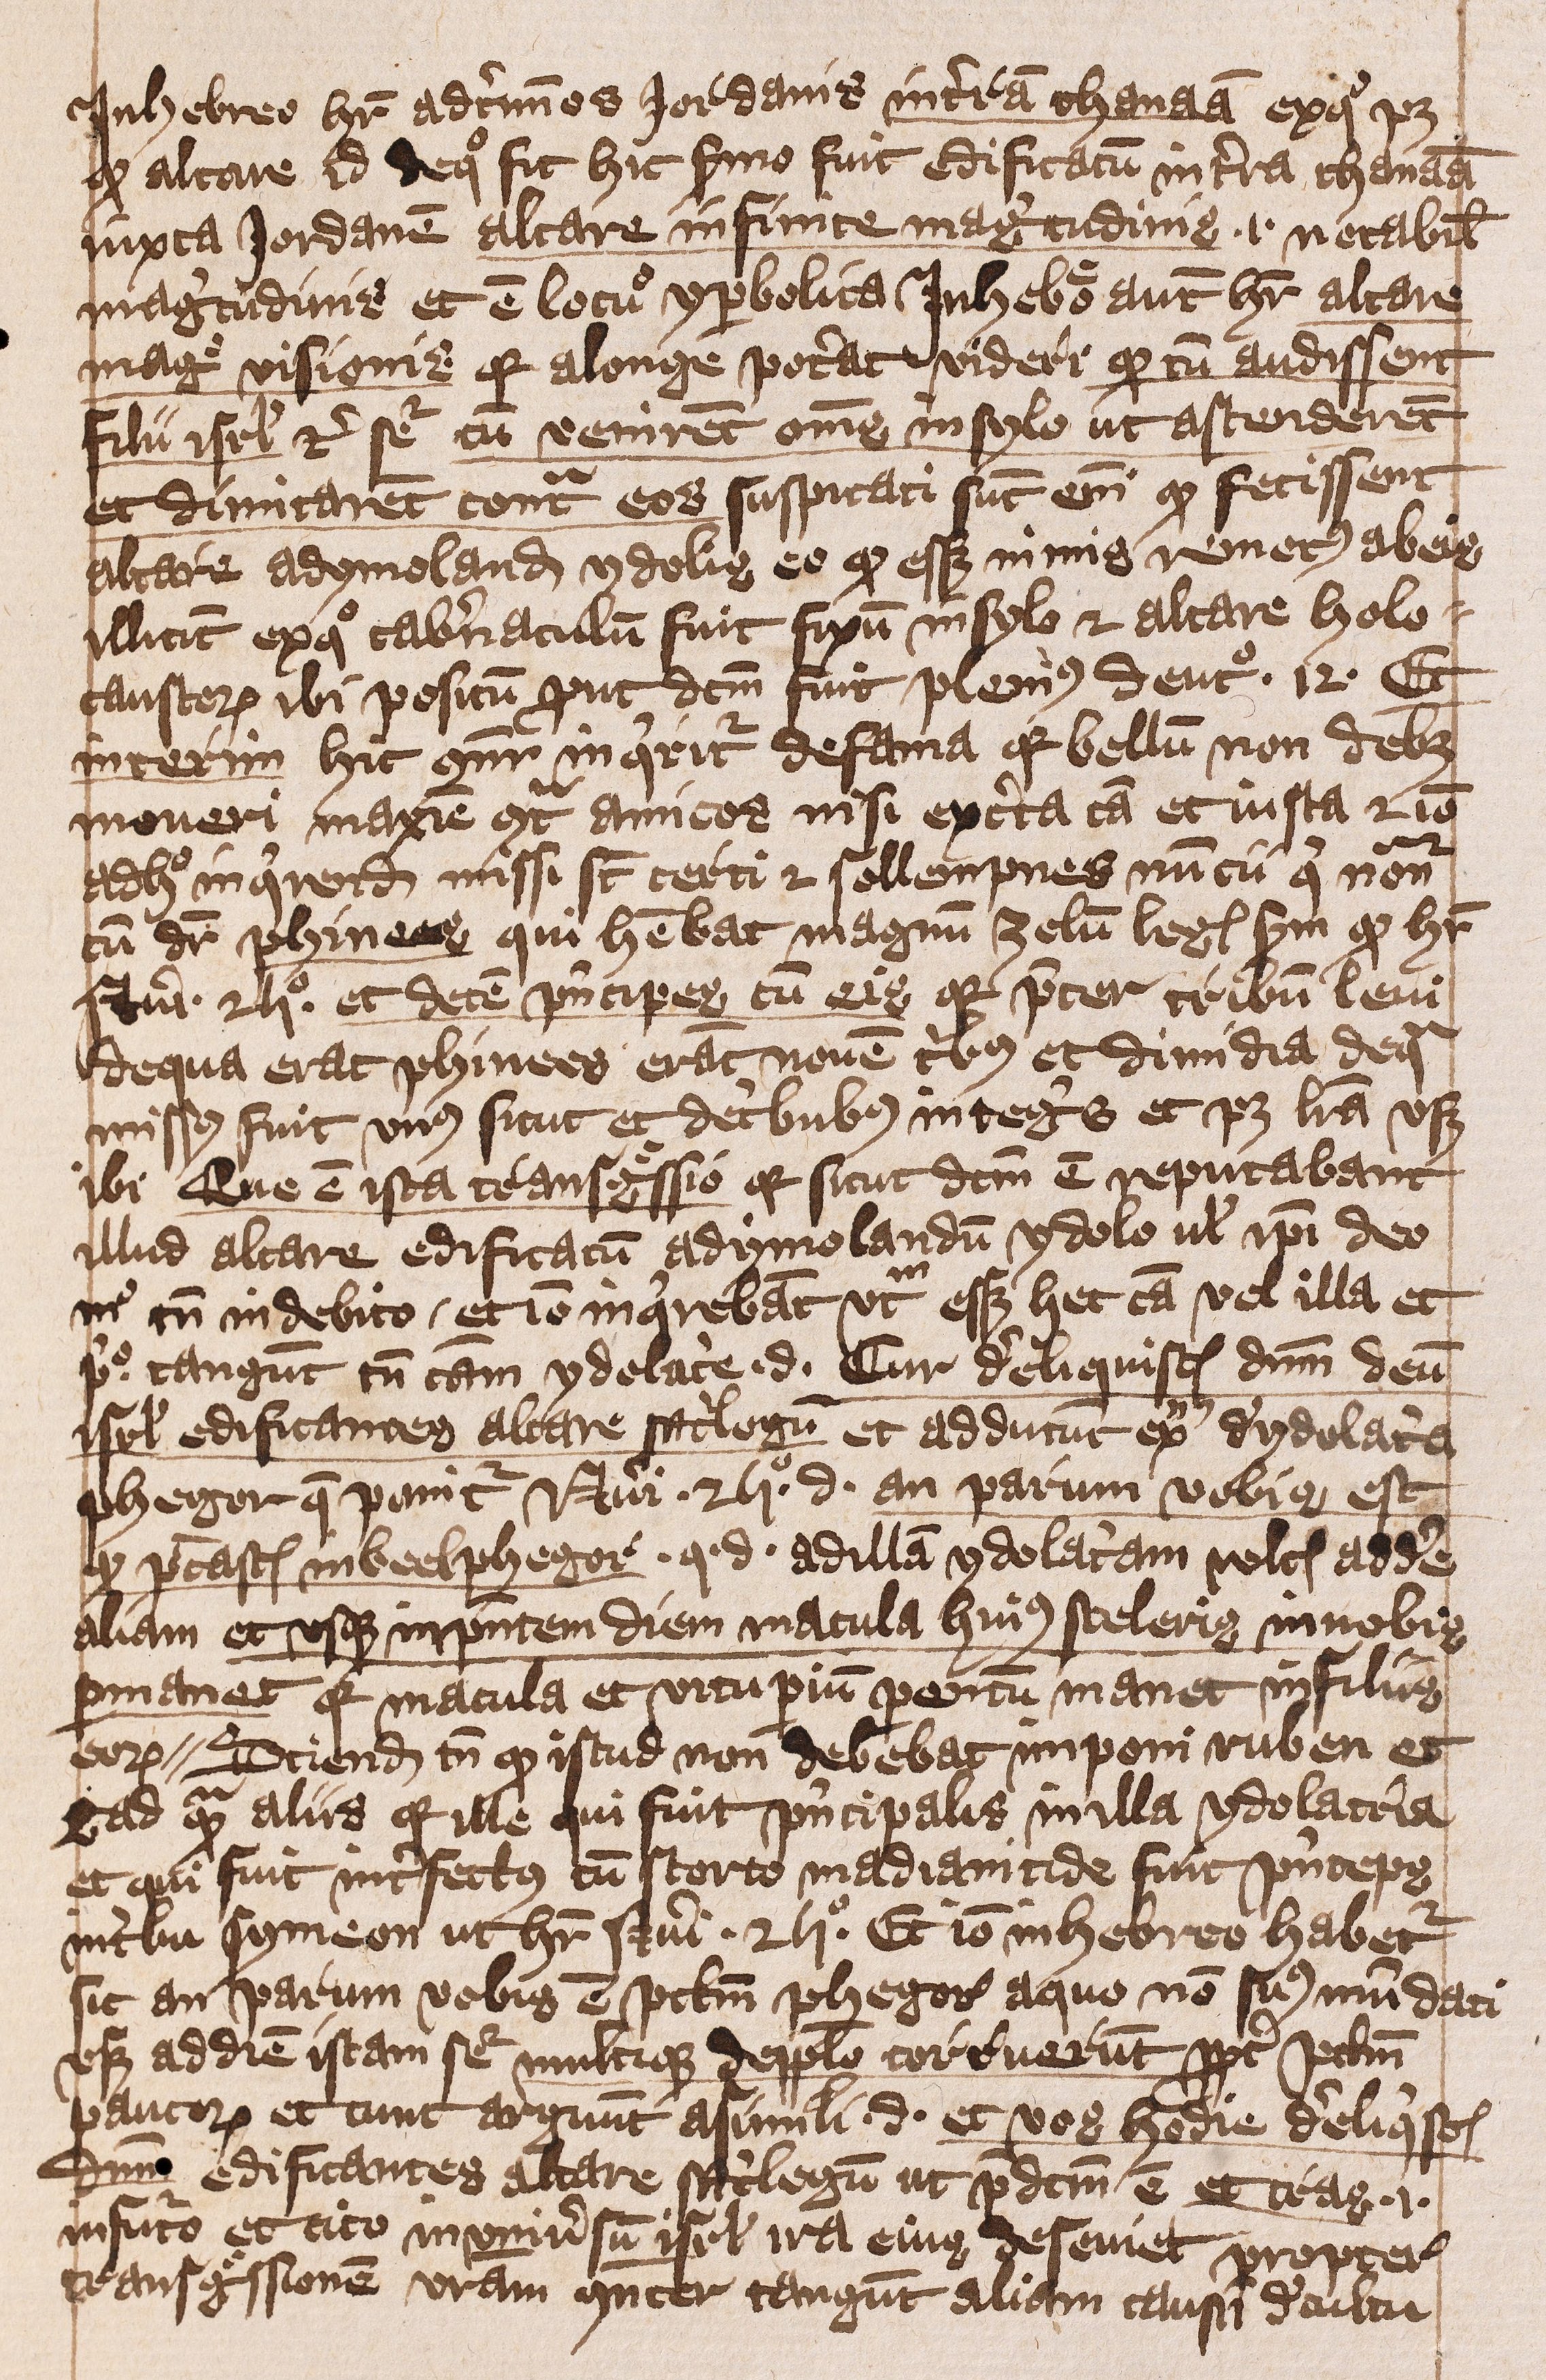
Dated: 1401–1401